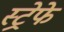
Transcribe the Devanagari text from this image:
स्ट्रेफे